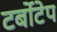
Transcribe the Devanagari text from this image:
टर्बोटेप